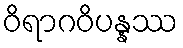
ဝိရာဂဝိပန္နဿ